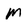
Character: M